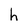
Character: h